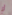
أي